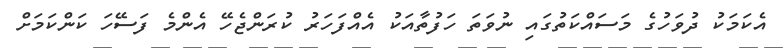
އެކަމަކު ދުވަހުގެ މަސައްކަތުގައިި ނުވަތަ ހަފުތާއަކު އެއްފަހަރު ކުރަންޖެހޭ އެންމެ ފަސޭހަ ކަންކަމަށް